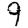
Digit: 9